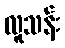
လူသန်း